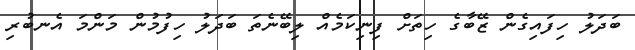
ބަދަލު ހިފައިގެން ޒޭބާގެ ހިތަށް ފިނިކަމެއް ލިބޭނެތަ ބަދަލު ހިފުމުން މަންމަ އެނބުރި